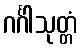
ဂင်္ဂါသုတ္တံ